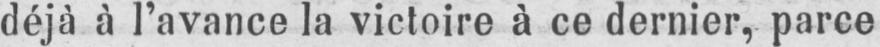
déjà à l’avance la victoire à ce dernier, parce